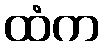
ထံက